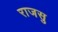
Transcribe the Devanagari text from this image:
राजसु